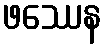
ဖဿေန